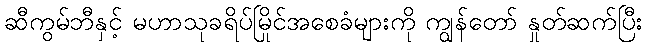
ဆီကွမ်ဘီနှင့် မဟာသုခရိပ်မြိုင်အစေခံများကို ကျွန်တော် နှုတ်ဆက်ပြီး